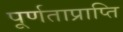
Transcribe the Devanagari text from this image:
पूर्णताप्राप्ति